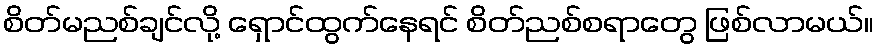
စိတ်မညစ်ချင်လို့ ရှောင်ထွက်နေရင် စိတ်ညစ်စရာတွေ ဖြစ်လာမယ်။